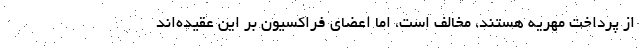
از پرداخت مهریه هستند، مخالف است، اما اعضای فراکسیون بر این عقیده‌اند